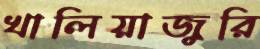
খালিয়াজুরি